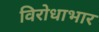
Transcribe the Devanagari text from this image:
विरोधाभार